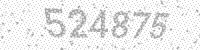
Solution: 524875